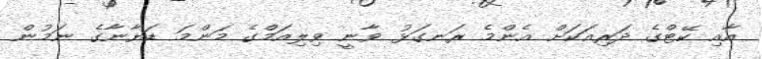
އާއި ކޭޓްގެ ދަރިއަކަށް އެންމެ ރަނގަޅު ވާނީ ވިލިއަމްގެ މަންމަ ޑަޔާނާގެ ނަމުން